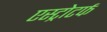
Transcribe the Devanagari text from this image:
एस्ट्रोटर्फ